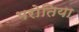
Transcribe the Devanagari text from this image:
भरोतिया